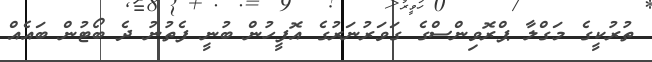
ތުރުކީގެ މަގްލާ ޕްރޮވިންސްގެ ގަވަރުނަރުގެ އޮފީހުން ބުނީ ފެތުނު ދެ ބޯޓުން ބައެއް